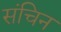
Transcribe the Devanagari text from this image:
संचिन